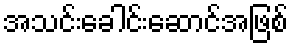
အသင်းခေါင်းဆောင်အဖြစ်